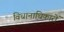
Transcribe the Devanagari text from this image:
विधानाधिकारों